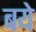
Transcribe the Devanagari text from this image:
बये